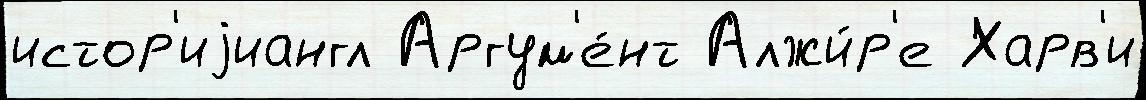
истор'иjиангл Аргум'е́нт Алжи́р'е Харв'и